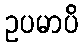
ဥပမာပိ